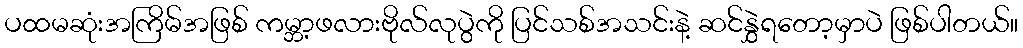
ပထမဆုံးအကြိမ်အဖြစ် ကမ္ဘာ့ဖလားဗိုလ်လုပွဲကို ပြင်သစ်အသင်းနဲ့ ဆင်နွှဲရတော့မှာပဲ ဖြစ်ပါတယ်။